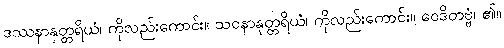
ဒဿနာနုတ္တရိယံ၊ ကိုလည်းကောင်း။ သဝနာနုတ္တရိယံ၊ ကိုလည်းကောင်း။ ဝေဒိတဗ္ဗံ၊ ၏။